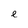
Character: e